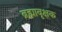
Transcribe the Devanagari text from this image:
ब्रह्मावृक्षक